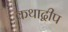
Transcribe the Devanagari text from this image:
कथाद्वीप